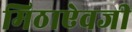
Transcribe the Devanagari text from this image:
मिठाऐवजी